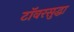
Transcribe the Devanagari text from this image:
टॉवरसुद्धा